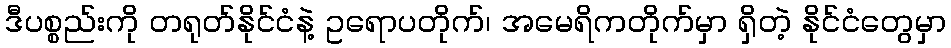
ဒီပစ္စည်းကို တရုတ်နိုင်ငံနဲ့ ဥရောပတိုက်၊ အမေရိကတိုက်မှာ ရှိတဲ့ နိုင်ငံတွေမှာ